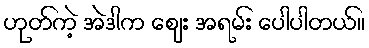
ဟုတ်ကဲ့ အဲဒါက ဈေး အရမ်း ပေါပါတယ်။